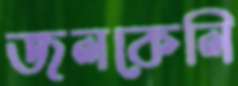
জলকেলি